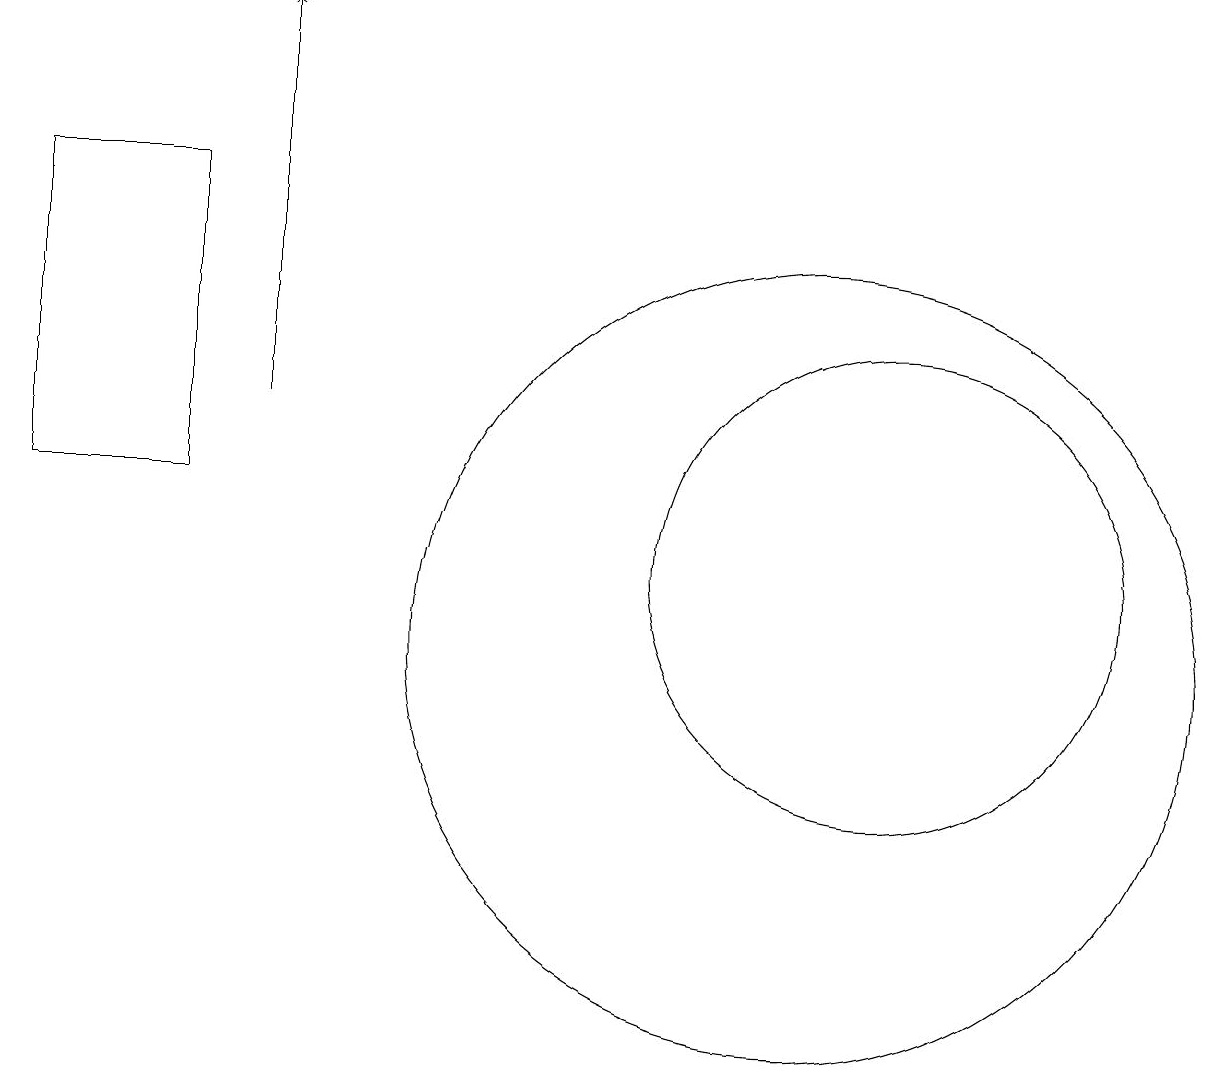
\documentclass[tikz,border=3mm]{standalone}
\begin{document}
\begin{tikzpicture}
\draw (10,10) circle (5);
\draw (11,11) circle (3);
\draw (0,16) rectangle (2,12);
\draw[->] (3,13) -- (3,18);
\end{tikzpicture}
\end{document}